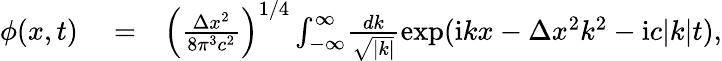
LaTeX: \begin{array}{rlr}{\phi(x,t)}&{{}=}&{\left(\frac{\Delta x^{2}}{8\pi^{3}c^{2}}\right)^{1/4}\int_{-\infty}^{\infty}\! \frac{dk}{\sqrt{|k|}}\exp(\mathrm{i}kx-\Delta x^{2}k^{2}-\mathrm{i}c|k|t),}\end{array}